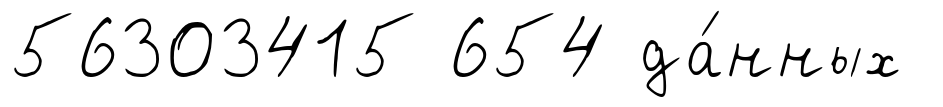
56303415 654 да́нных